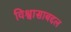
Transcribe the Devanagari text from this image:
विश्वासाबद्दल